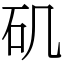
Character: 矶